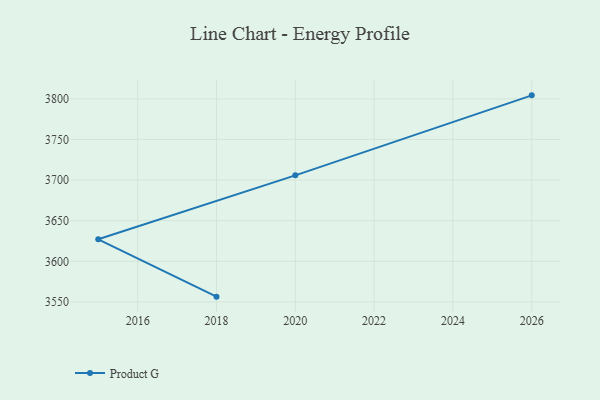
{"axis": {"x": "Year", "y": "Page Views"}, "legend": ["Product G"], "data": [{"x": "2018", "y": 3556.5, "type": "Product G"}, {"x": "2015", "y": 3627.1, "type": "Product G"}, {"x": "2020", "y": 3705.8, "type": "Product G"}, {"x": "2026", "y": 3804.3, "type": "Product G"}]}